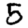
Digit: 5